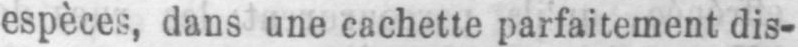
espèces, dans une cachette parfaitement dis-